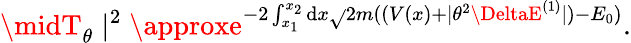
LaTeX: \midT_{\theta}\mid^{2}\approxe^{-2\int_{x_{1}}^{x_{2}}\mathrm{d}x\sqrt{}{{2m((V(x)+\mid\theta^{2}\DeltaE^{(1)}\mid)-E_{0})}}}.